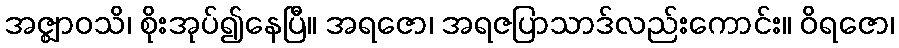
အဇ္ဈာဝသိ၊ စိုးအုပ်၍နေပြီ။ အရဇော၊ အရဇပြာသာဒ်လည်းကောင်း။ ဝိရဇော၊